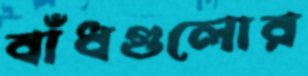
বাঁধগুলোর